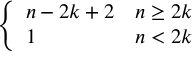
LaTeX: \left\{ \begin{array} { l l } { n - 2 k + 2 } & { n \geq 2 k } \\ { 1 } & { n < 2 k } \end{array} \right.